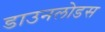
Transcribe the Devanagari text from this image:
डाउनलोडस